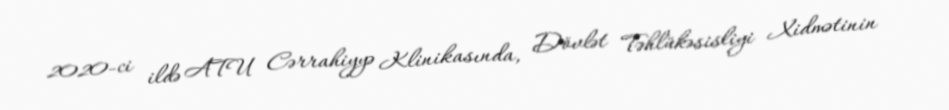
2020-ci ildə ATU Cərrahiyyə Klinikasında, Dövlət Təhlükəsisliyi Xidmətinin